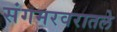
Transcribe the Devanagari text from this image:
संगमरवरातले